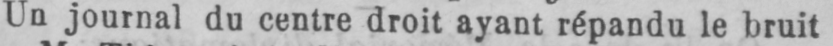
Un journal du centre droit ayant répandu le bruit